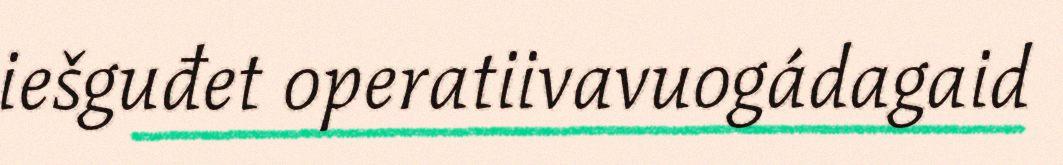
iešguđet operatiivavuogádagaid